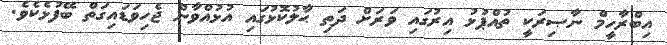
އިބްރާހީމް ނާޞިރަކީ ތުއްޕުޅު އިރުގައި ވަރަށް ދަތި ޙާލުކޮޅުގައި އުޅުއްވާން ޖެހިވަޑައިގަތް ބޭފުޅެކެވެ.